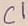
Text: C1